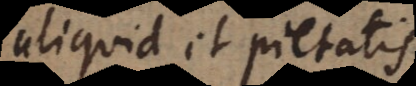
aliquid et pietatis